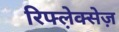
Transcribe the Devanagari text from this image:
रिफ्ल़ेक्सेज़